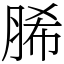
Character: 脪